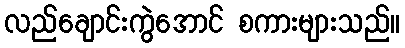
လည်ချောင်းကွဲအောင် စကားများသည်။